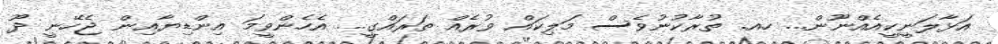
އަޅާލަނީކީއެއްނޫން... ހއ. ތުރާކުނުވެސް މަލިކައް ވުރެއް ތަރައްގީ... އެެހެންވީމަ އިންޑިޔާއިން ޖެހޭނީ ދޫ